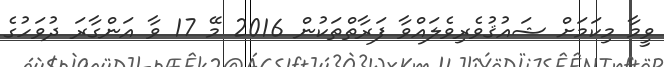
ވީމާ މިކަމަށް ޝައުޤުވެރިވެލައްވާ ފަރާތްތަކުން 2016 މޭ 17 ވާ އަންގާރަ ދުވަހުގެ